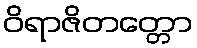
ဝိရာဇိတတ္တော